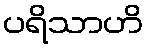
ပရိသာဟိ